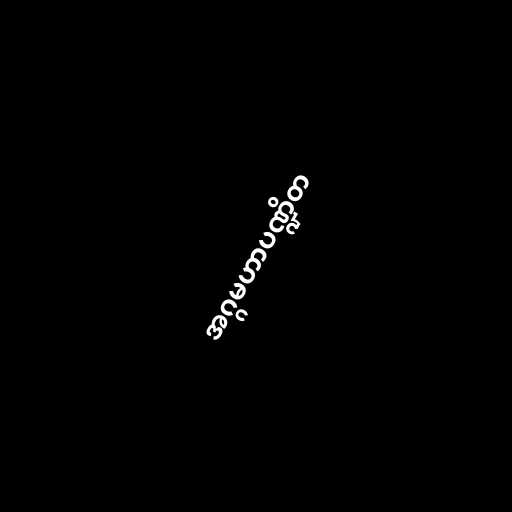
အဂ္ဂမဟာပဏ္ဍိတ